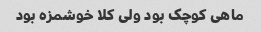
ماهی کوچک بود ولی کلا خوشمزه بود